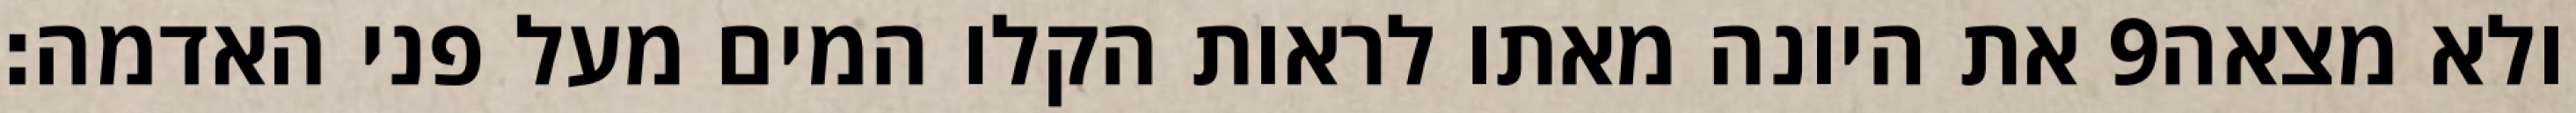
את היונה מאתו לראות הקלו המים מעל פני האדמה׃ ‎9‏ ולא מצאה